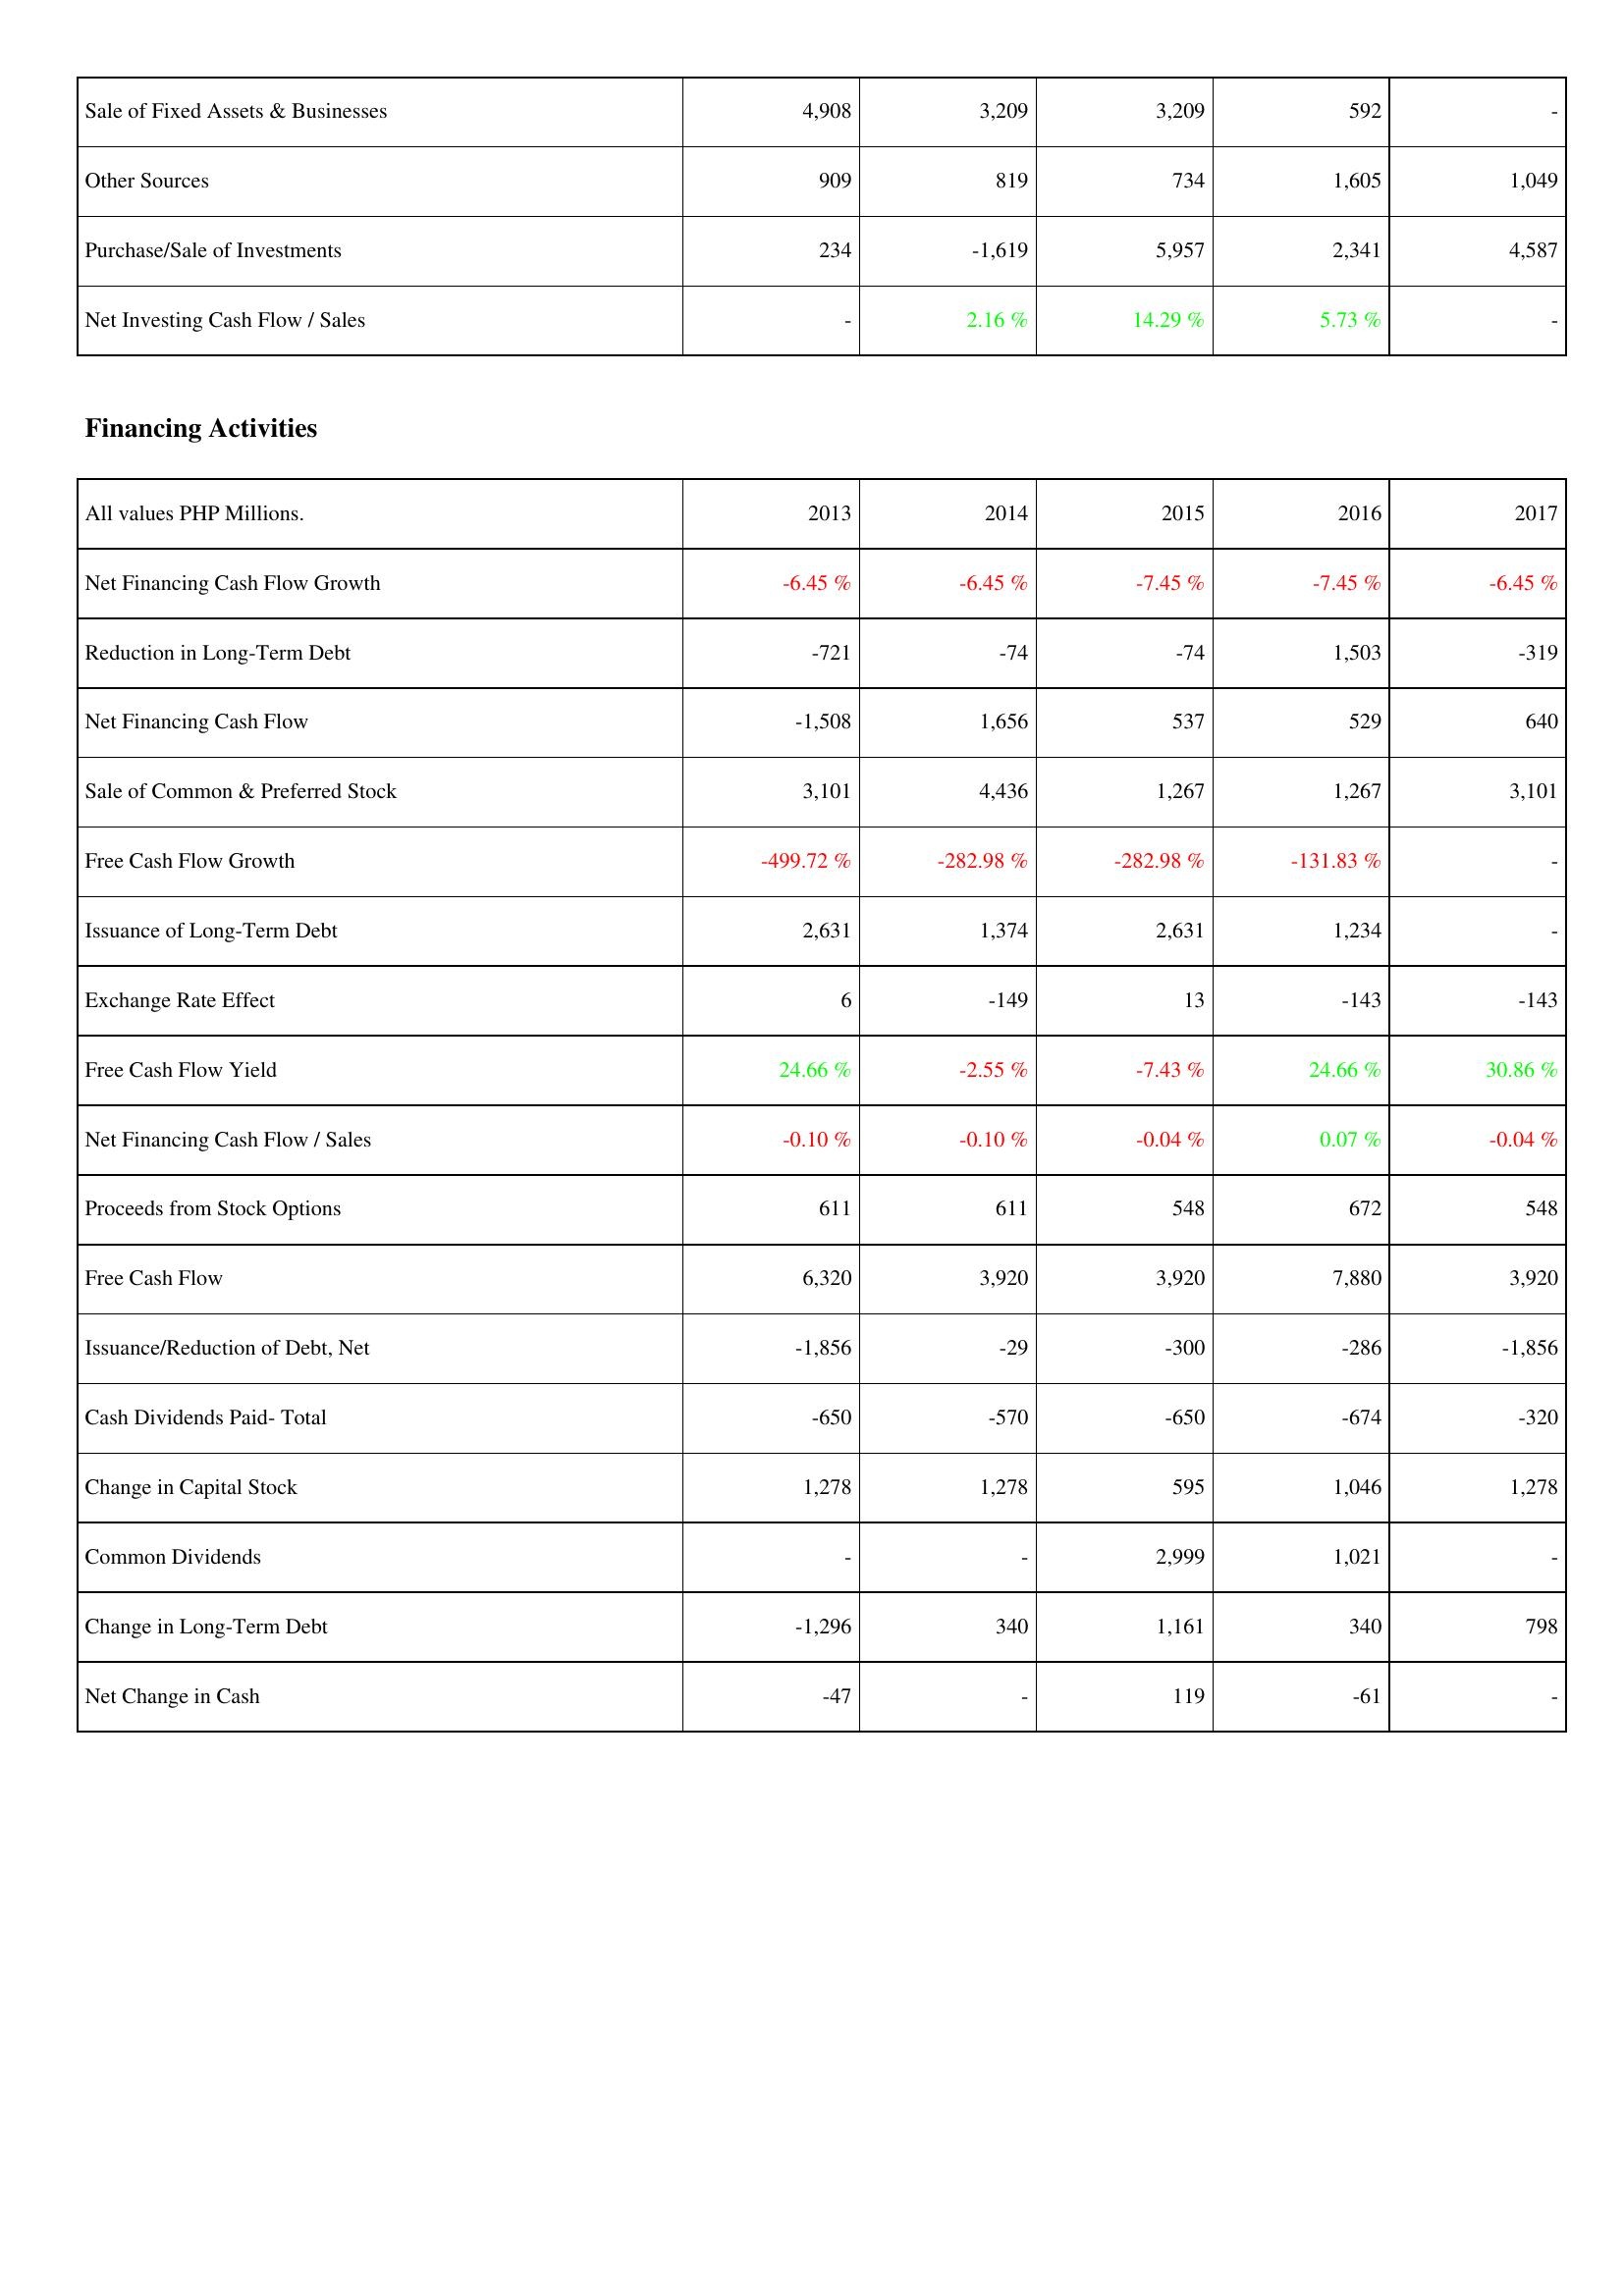
2013: Investing Activities: Sale of Fixed Assets & Businesses: 4,908
Other Sources: 909
Purchase/Sale of Investments: 234
Net Investing Cash Flow / Sales: -
Financing Activities: Net Financing Cash Flow Growth: -6.45 %
Reduction in Long-Term Debt: -721
Net Financing Cash Flow: -1,508
Sale of Common & Preferred Stock: 3,101
Free Cash Flow Growth: -499.72 %
Issuance of Long-Term Debt: 2,631
Exchange Rate Effect: 6
Free Cash Flow Yield: 24.66 %
Net Financing Cash Flow / Sales: -0.10 %
Proceeds from Stock Options: 611
Free Cash Flow: 6,320
Issuance/Reduction of Debt, Net: -1,856
Cash Dividends Paid- Total: -650
Change in Capital Stock: 1,278
Common Dividends: -
Change in Long-Term Debt: -1,296
Net Change in Cash: -47
2014: Investing Activities: Sale of Fixed Assets & Businesses: 3,209
Other Sources: 819
Purchase/Sale of Investments: -1,619
Net Investing Cash Flow / Sales: 2.16 %
Financing Activities: Net Financing Cash Flow Growth: -6.45 %
Reduction in Long-Term Debt: -74
Net Financing Cash Flow: 1,656
Sale of Common & Preferred Stock: 4,436
Free Cash Flow Growth: -282.98 %
Issuance of Long-Term Debt: 1,374
Exchange Rate Effect: -149
Free Cash Flow Yield: -2.55 %
Net Financing Cash Flow / Sales: -0.10 %
Proceeds from Stock Options: 611
Free Cash Flow: 3,920
Issuance/Reduction of Debt, Net: -29
Cash Dividends Paid- Total: -570
Change in Capital Stock: 1,278
Common Dividends: -
Change in Long-Term Debt: 340
Net Change in Cash: -
2015: Investing Activities: Sale of Fixed Assets & Businesses: 3,209
Other Sources: 734
Purchase/Sale of Investments: 5,957
Net Investing Cash Flow / Sales: 14.29 %
Financing Activities: Net Financing Cash Flow Growth: -7.45 %
Reduction in Long-Term Debt: -74
Net Financing Cash Flow: 537
Sale of Common & Preferred Stock: 1,267
Free Cash Flow Growth: -282.98 %
Issuance of Long-Term Debt: 2,631
Exchange Rate Effect: 13
Free Cash Flow Yield: -7.43 %
Net Financing Cash Flow / Sales: -0.04 %
Proceeds from Stock Options: 548
Free Cash Flow: 3,920
Issuance/Reduction of Debt, Net: -300
Cash Dividends Paid- Total: -650
Change in Capital Stock: 595
Common Dividends: 2,999
Change in Long-Term Debt: 1,161
Net Change in Cash: 119
2016: Investing Activities: Sale of Fixed Assets & Businesses: 592
Other Sources: 1,605
Purchase/Sale of Investments: 2,341
Net Investing Cash Flow / Sales: 5.73 %
Financing Activities: Net Financing Cash Flow Growth: -7.45 %
Reduction in Long-Term Debt: 1,503
Net Financing Cash Flow: 529
Sale of Common & Preferred Stock: 1,267
Free Cash Flow Growth: -131.83 %
Issuance of Long-Term Debt: 1,234
Exchange Rate Effect: -143
Free Cash Flow Yield: 24.66 %
Net Financing Cash Flow / Sales: 0.07 %
Proceeds from Stock Options: 672
Free Cash Flow: 7,880
Issuance/Reduction of Debt, Net: -286
Cash Dividends Paid- Total: -674
Change in Capital Stock: 1,046
Common Dividends: 1,021
Change in Long-Term Debt: 340
Net Change in Cash: -61
2017: Investing Activities: Sale of Fixed Assets & Businesses: -
Other Sources: 1,049
Purchase/Sale of Investments: 4,587
Net Investing Cash Flow / Sales: -
Financing Activities: Net Financing Cash Flow Growth: -6.45 %
Reduction in Long-Term Debt: -319
Net Financing Cash Flow: 640
Sale of Common & Preferred Stock: 3,101
Free Cash Flow Growth: -
Issuance of Long-Term Debt: -
Exchange Rate Effect: -143
Free Cash Flow Yield: 30.86 %
Net Financing Cash Flow / Sales: -0.04 %
Proceeds from Stock Options: 548
Free Cash Flow: 3,920
Issuance/Reduction of Debt, Net: -1,856
Cash Dividends Paid- Total: -320
Change in Capital Stock: 1,278
Common Dividends: -
Change in Long-Term Debt: 798
Net Change in Cash: -